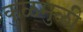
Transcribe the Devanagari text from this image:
कुळमुळी